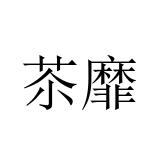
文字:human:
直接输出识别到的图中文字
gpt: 苶靡